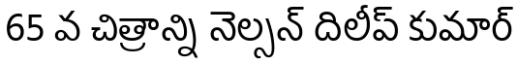
65 వ చిత్రాన్ని నెల్సన్ దిలీప్ కుమార్